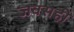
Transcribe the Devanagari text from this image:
जवसही